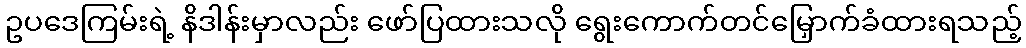
ဥပဒေကြမ်းရဲ့ နိဒါန်းမှာလည်း ဖော်ပြထားသလို ရွေးကောက်တင်မြှောက်ခံထားရသည့်